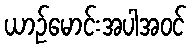
ယာဉ်မောင်းအပါအဝင်